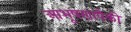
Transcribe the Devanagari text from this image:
आभूषणांपैकी